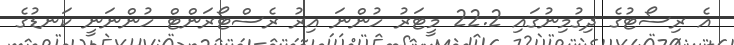
އެ ރިސޯޓުގެ ދިގުމިނުގައި 22.2 މީޓަރު ހުންނަ އިރު ރެސްޓޯރަންޓް ހުންނަނީ ކަނޑުގެ